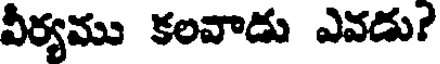
వీర్యము కలవాడు ఎవడు?